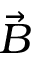
\vec { B }